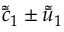
\tilde { \bar { c } } _ { 1 } \pm \tilde { \bar { u } } _ { 1 }